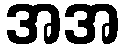
အအ